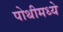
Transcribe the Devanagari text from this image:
पोथीमध्ये